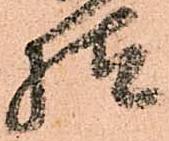
様